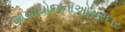
શાખાયોજનાઓસરદાર